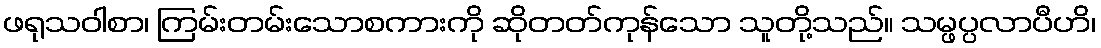
ဖရုသဝါစာ၊ ကြမ်းတမ်းသောစကားကို ဆိုတတ်ကုန်သော သူတို့သည်။ သမ္ဖပ္ပလာပီဟိ၊